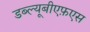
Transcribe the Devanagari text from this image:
डब्ल्यूबीएफ़एस